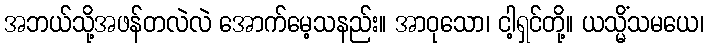
အဘယ်သို့အဖန်တလဲလဲ အောက်မေ့သနည်း။ အာဝုသော၊ ငါ့ရှင်တို့။ ယသ္မိံသမယေ၊